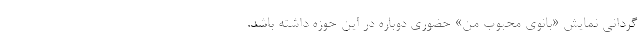
گردانی نمایش «بانوی محبوب من» حضوری دوباره در این حوزه داشته باشد.